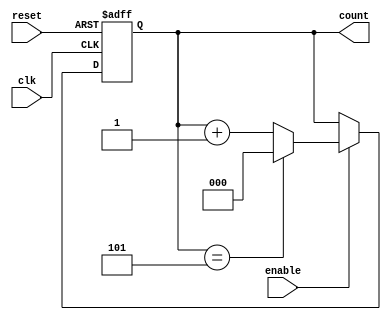
`timescale 1ns / 1ps
//////////////////////////////////////////////////////////////////////////////////
// Company: 
// Engineer: 
// 
// Design Name: 
// Module Name: counter
// Project Name: 
// Target Devices: 
// Tool Versions: 
// Description: 
// 
// Dependencies: 
// 
// Revision:
// Revision 0.01 - File Created
// Additional Comments:
// 
//////////////////////////////////////////////////////////////////////////////////


module counter #(parameter x = 3, n = 6)(input clk, reset, enable, output reg[x-1:0] count);
always @(posedge clk, posedge reset) begin
if (reset == 1)
count <= 0;
else
if(enable==1)
    if (count == n-1)
        count <= 0;
    else
        count <= count + 1;
else
    count <= count;
end
endmodule